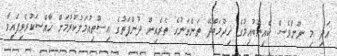
އަދި މި ނޫންވެސް ކެއިންބުއިމުގެ ޚިދުމަތްދޭ ތަންތަނުގެ ތެރެއިން ދުންފަތުގެ އިސްތިއުމަލުކުރުމަށް ހާއްސަކުރެވިފައިވާ